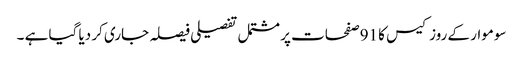
سوموار کے روز کیس کا 91صفحات پر مشتمل تفصیلی فیصلہ جاری کر دیا گیا ہے ۔